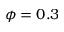
\phi = 0 . 3